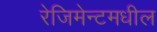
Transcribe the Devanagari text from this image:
रेजिमेन्टमधील